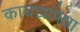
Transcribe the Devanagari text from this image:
कायद्यांपेक्षा